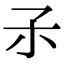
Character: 𡥀